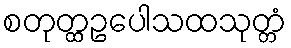
စတုတ္ထဥပေါသထသုတ္တံ